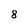
Character: 8